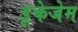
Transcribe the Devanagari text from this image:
डूकेजेम